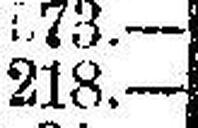
218.—